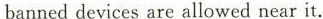
banned devices are allowed near it.